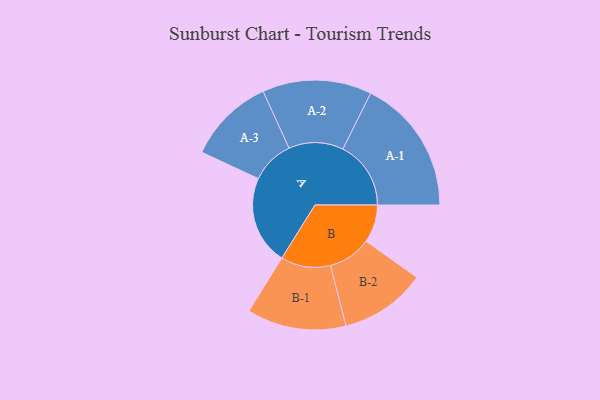
{"axis": {"x": "Segment", "y": "Value"}, "legend": ["", "A", "B"], "data": [{"x": "A", "y": 392, "type": ""}, {"x": "B", "y": 167, "type": ""}, {"x": "A-1", "y": 300, "type": "A"}, {"x": "A-2", "y": 241, "type": "A"}, {"x": "A-3", "y": 191, "type": "A"}, {"x": "B-1", "y": 219, "type": "B"}, {"x": "B-2", "y": 190, "type": "B"}]}